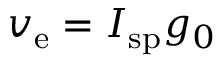
v _ { \mathrm { e } } = I _ { \mathrm { s p } } g _ { 0 }